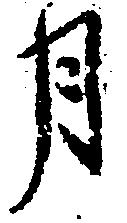
月